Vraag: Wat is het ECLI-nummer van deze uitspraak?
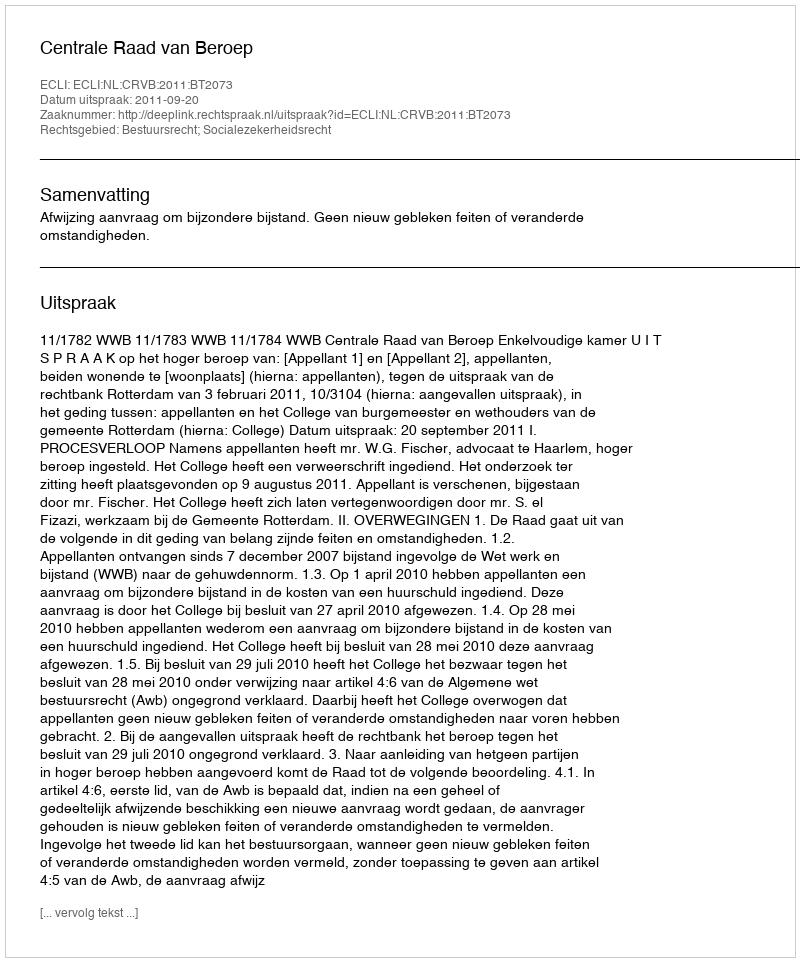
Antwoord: ECLI:NL:CRVB:2011:BT2073